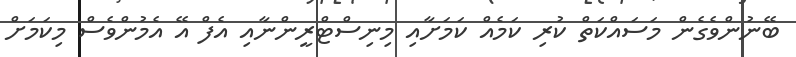
ބޭނުންވެގެން މަސައްކަތް ކުރި ކަމެއް ކަމަށާއި މިނިސްޓްރީންނާއި އެފް އޭ އެމުންވެސް މިކަމަށް